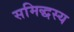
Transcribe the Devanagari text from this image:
समिद्धस्य